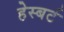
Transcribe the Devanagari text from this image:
हेस्बर्ट